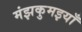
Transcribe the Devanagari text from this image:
मंझकुमइयाँ